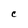
Character: C